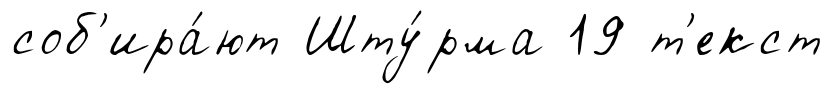
соб'ира́ют Шту́рма 19 т'екст